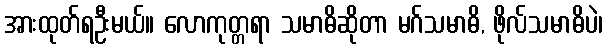
အားထုတ်ရဦးမယ်။ လောကုတ္တရာ သမာဓိဆိုတာ မဂ်သမာဓိ, ဖိုလ်သမာဓိပဲ၊